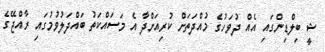
ޝީ ބިލްޑިންގައި އެއް ދުވަހުގެ މުއްދަތަށް ކުރިއަށްދާ އެ މަސައްކަތު ބައްދަލުވުމުގައި ރާއްޖޭގެ